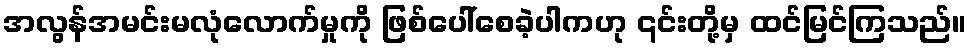
အလွန်အမင်းမလုံလောက်မှုကို ဖြစ်ပေါ်စေခဲ့ပါကဟု ၎င်းတို့မှ ထင်မြင်ကြသည်။